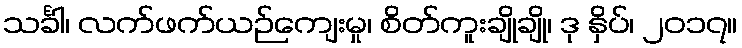
သင်္ခါ၊ လက်ဖက်ယဉ်ကျေးမှု၊ စိတ်ကူးချိုချို၊ ဒု နှိပ်၊ ၂၀၁၇။